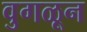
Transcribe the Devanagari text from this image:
वुगळून